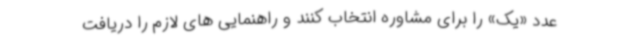
عدد «یک» را برای مشاوره انتخاب کنند و راهنمایی های لازم را دریافت